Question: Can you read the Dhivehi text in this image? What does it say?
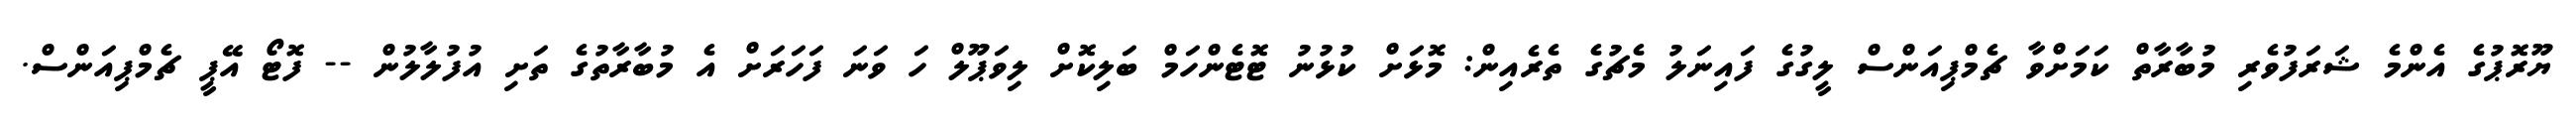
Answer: ޔޫރޮޕުގެ އެންމެ ޝަރަފުވެރި މުބާރާތް ކަމަށްވާ ޗެމްޕިއަންސް ލީގުގެ ފައިނަލު މެޗުގެ ތެރެއިން: މޮޅަށް ކުޅުނު ޓޮޓެންހަމް ބަލިކޮށް ލިވަޕޫލް ހަ ވަނަ ފަހަރަށް އެ މުބާރާތުގެ ތަށި އުފުލާލުން -- ފޮޓޯ އޭޕީ ޗެމްޕިއަންސް.